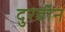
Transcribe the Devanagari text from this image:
दुरबीन